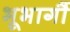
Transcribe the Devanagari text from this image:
भूभागौं